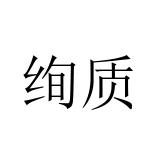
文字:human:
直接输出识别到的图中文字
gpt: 绚质